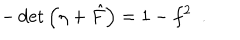
LaTeX: - \det \left( \eta + { \hat { F } } \right) = 1 - f ^ { 2 } ~ ~ .